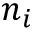
n _ { i }